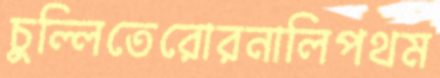
চুল্লিতেরোরনালিপথম